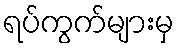
ရပ်ကွက်များမှ